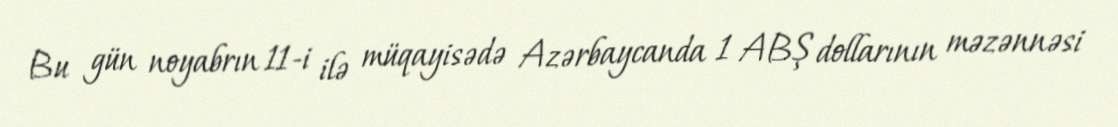
Bu gün noyabrın 11-i ilə müqayisədə Azərbaycanda 1 ABŞ dollarının məzənnəsi